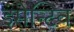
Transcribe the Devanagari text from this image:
इंसेन्टिव